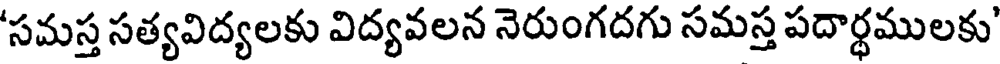
'సమస్త సత్యవిద్యలకు విద్యవలన నెరుంగదగు సమస్త పదార్థములకు'